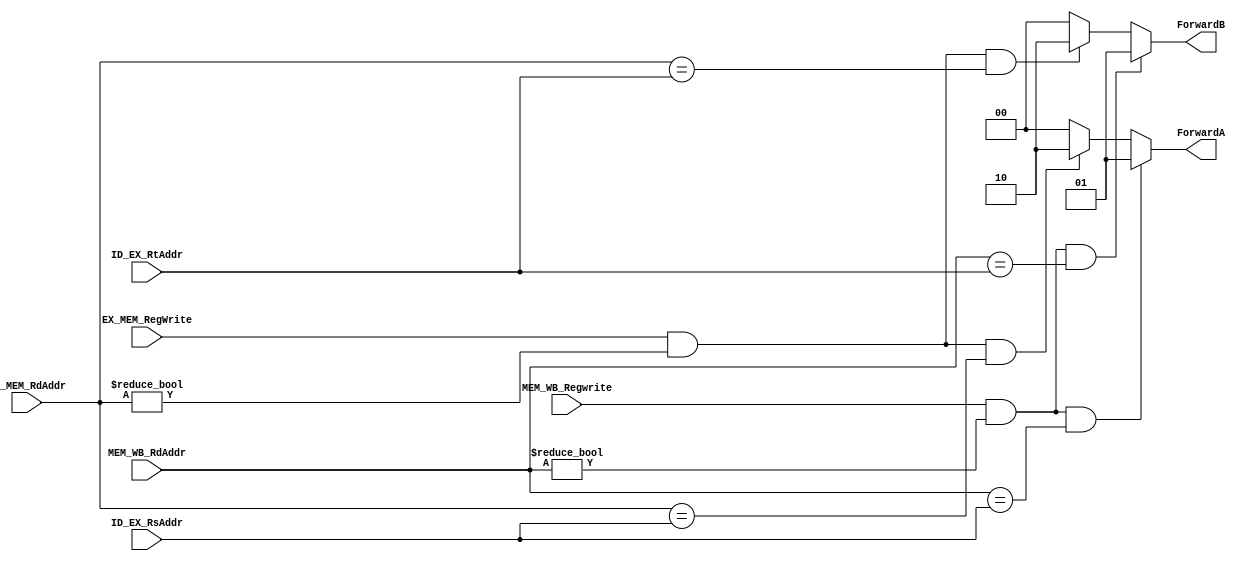
module Forwarding (
    output reg [1:0]ForwardA,
    output reg [1:0]ForwardB,
    input EX_MEM_RegWrite,
    input [4:0] EX_MEM_RdAddr,
    input [4:0] ID_EX_RsAddr,
    input [4:0] ID_EX_RtAddr,
    input MEM_WB_Regwrite,
    input [4:0] MEM_WB_RdAddr

);
    always @(*) begin
        ForwardA = 2'b00;
        ForwardB = 2'b00;
        if (EX_MEM_RegWrite && (EX_MEM_RdAddr != 0) && (EX_MEM_RdAddr == ID_EX_RsAddr))begin
            ForwardA = 2'b10;
        end
        
        if (EX_MEM_RegWrite && (EX_MEM_RdAddr != 0) && (EX_MEM_RdAddr == ID_EX_RtAddr)) begin
            ForwardB = 2'b10;
        end

        if (MEM_WB_Regwrite && (MEM_WB_RdAddr != 0) && (MEM_WB_RdAddr == ID_EX_RsAddr)) begin
            ForwardA = 2'b01;
        end

        if (MEM_WB_Regwrite && (MEM_WB_RdAddr != 0) && (MEM_WB_RdAddr == ID_EX_RtAddr)) begin
            ForwardB = 2'b01;
        end
    end
endmodule